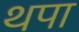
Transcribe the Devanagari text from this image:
थपा